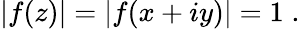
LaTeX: \left|f(z)\right|=\left|f(x+iy)\right|=1\; .